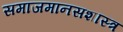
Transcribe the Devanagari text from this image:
समाजमानसशास्त्र